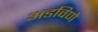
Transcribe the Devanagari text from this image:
अडविणे